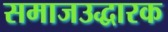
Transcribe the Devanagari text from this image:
समाजउद्धारक